Civil Veterinary Dept. North-West Frontier Province 1933-46 - 1933-1946
Year: 1933
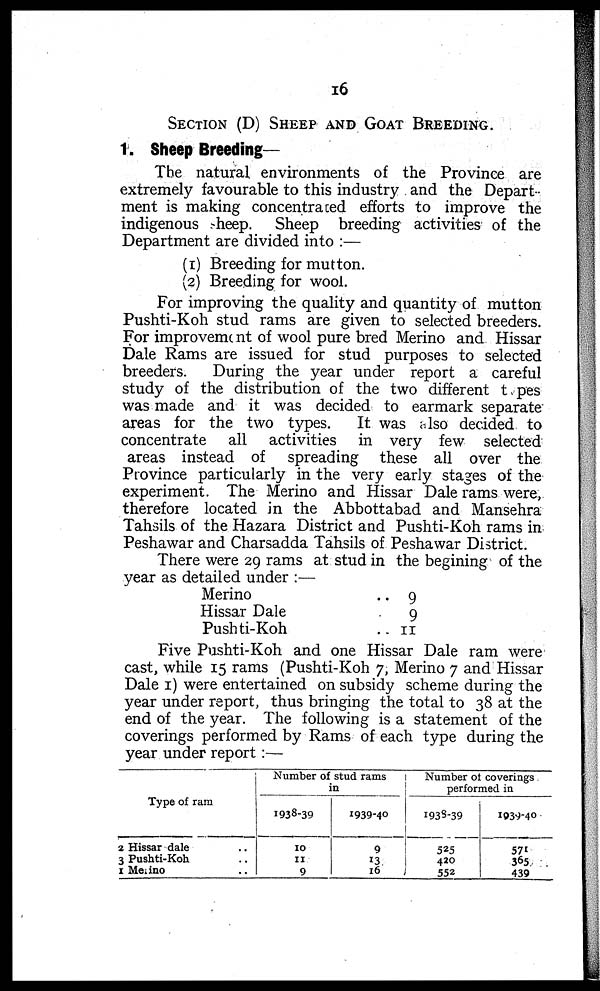
16
SECTION (D) SHEEP AND GOATS BREEDING.
1. Sheep Breeding—
The natural environments of the Province are
extremely favourable to this industry and the Depart
ment is making concentraced efforts to improve the
indigenous sheep. Sheep breeding activities of the
Department are divided into:—
(1) Breeding for mutton.
(2) Breeding for wool.
For improving the quality and quantity of mutton
Pushti-Koh stud rams are given to selected breeders.
For improvement of wool pure bred Merino and Hissar
Dale Rams are issued for stud purposes to selected
breeders. During the year under report a careful
study of the distribution of the two different types
was made and it was decided to earmark separate
areas for the two types. It was also decided to
concentrate all activities in very few selected
areas instead of spreading these all over the
Province particularly in the very early stages of the
experiment. The Merino and Hissar Dale rams were,
therefore located in the Abbottabad and Mansehra
Tahsils of the Hazara District and Pushti-Koh rams in
Peshawar and Charsadda Tahsils of Peshawar District.
There were 29 rams at stud in the begining of the
year as detailed under:—
Merino ..
Hissar Dale ..
Pushti-Koh ..
9
9
11
Five Pushti-Koh and one Hissar Dale ram were
cast, while 15 rams (Pushti-Koh 7, Merino 7 and Hissar
Dale 1) were entertained on subsidy scheme during the
year under report, thus bringing the total to 38 at the
end of the year. The following is a statement of the
coverings performed by Rams of each type during the
year under report:—
Type of ram
2 Hissar dale ..
3 Pushti-Koh ..
1 Merino ..
Number of stud rams
in
1938-39
10
11
9
1939-40
9
13
16
Number of coverings
performed in
1938-39
525
420
552
1039-40
571
365
439